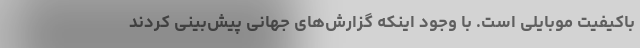
باکیفیت موبایلی است. با وجود اینکه گزارش‌های جهانی پیش‌بینی کردند